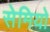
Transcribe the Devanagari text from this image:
सेमियो